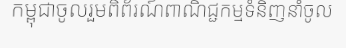
កម្ពុជាចូលរួមពិព័រណ៍ពាណិជ្ជកម្មទំនិញនាំចូល